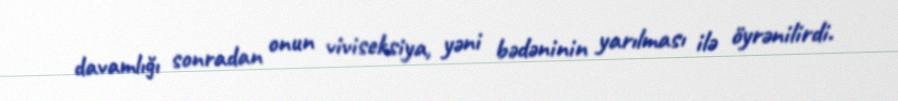
davamlığı sonradan onun viviseksiya, yəni bədəninin yarılması ilə öyrənilirdi.